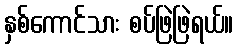
နှစ်ကောင်သား စပ်ဖြဲဖြဲရယ်။